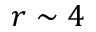
r \sim 4